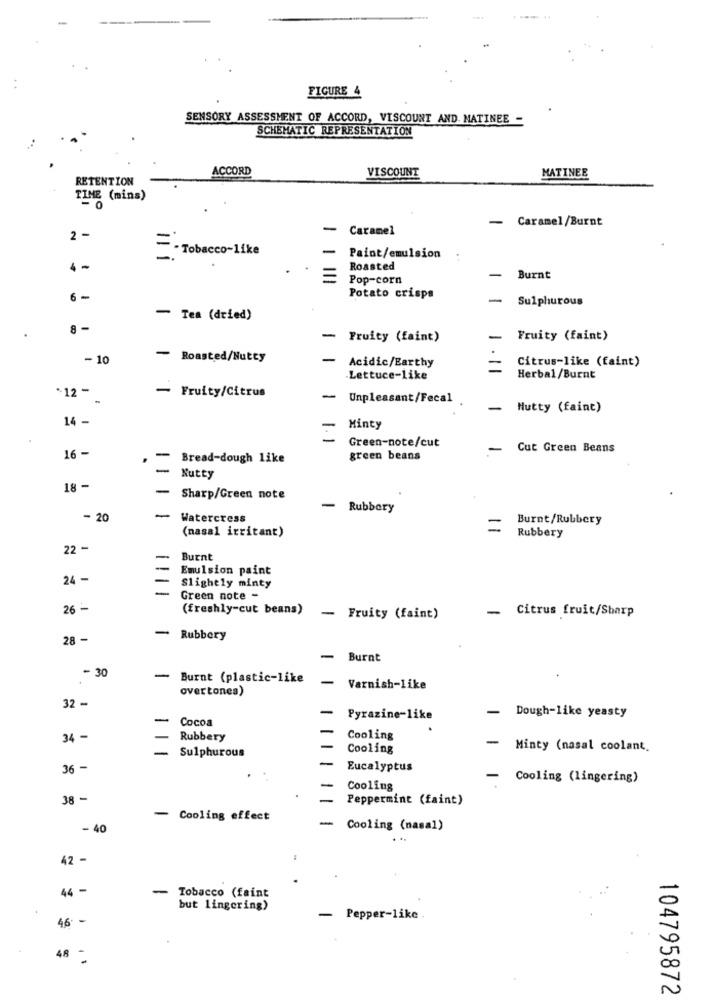
FIGURE 4
SENSORY ASSESSMENT OF ACCORD, VISCOUNT AND. MATINEE -
SCHEMATIC REPRESENTATION
ACCORD
VISCOUNT
MATINEE
RETENTION
TIME (mins)
-
Caramel/Burnt
-
Caramel
2 -
-- Tobacco-like
-
Paint/emulsion
4-
Roasted
Pop-corn
-
Burnt
6 -
Potato crisps
- Sulphurous
- Tea (dried)
8-
-
Fruity (faint)
-
Fruity (faint)
-10
- Roasted/Nutty
-
Acidic/Earthy
Citrus-like (faint)
Lettuce-like
Herbal/Burnt
*12 -
-
- Fruity/Citrus
-
Unpleasant/Fecal
-
Nutty (faint)
14 -
Minty
Green-note/cut
16 -
-
Cut Green Beans
-
Bread-dough like
green beans
-
Nutty
18 -
- Sharp/Green note
-
Rubbery
- 20
-
Watercress
Burnt/Rubbery
(nasal irritant)
=
Rubbery
22 -
-
Burnt
Emulsion paint
24 -
Slightly minty
Green note -
26 -
(freshly-cut beans)
- Citrus fruit/Sharp
- Fruity (faint)
28 -
- Rubbery
-
Burnt
- 30
-
Burnt (plastic-like
-
overtones)
Varnish-like
32 -
-
Dough-like yeasty
-
Cocoa
Pyrazine-like
34 -
Rubbery
Cooling
-
Sulphurous
Cooling
- Minty (nasal coolant.
36 -
Eucalyptus
- Cooling (lingering)
Cooling
38 -
Peppermint (faint)
-
Cooling effect
-
- 40
Cooling (nasal)
42 -
44 -
- Tobacco (faint
but lingering)
46 -
- Pepper-like.
48 -
104795872